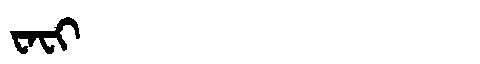
Manchu: ᠸᠠᠸᡳ
Romanization: WAFI